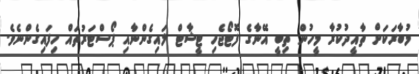
މުބާރަކަށް ތާއީދުކުރާ މީހުން ތިބީ އޭނާގެ ފޮޓޯޖެހި ޓީޝާޓް ލައިގެންނާއި ޕޯސްޓަރުތައް ހިފައިގެންނެވެ.